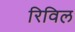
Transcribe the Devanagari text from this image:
रिविल